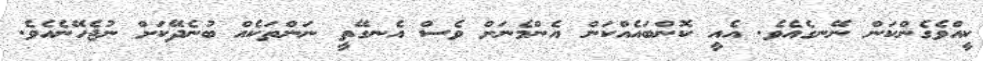
ކީއްވެގެންކަން ނޭނގެއެވެ. އެއީ ކޮންބައެއްކަން އެންމެނަށް ވެސް އެނގޭތީ ނަންތަކެއް ބުނެދޭކަށް ނުޖެހޭނެއެވެ.